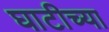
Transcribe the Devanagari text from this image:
घाटीच्या